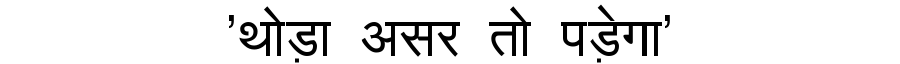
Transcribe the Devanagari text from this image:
'थोड़ा असर तो पड़ेगा'